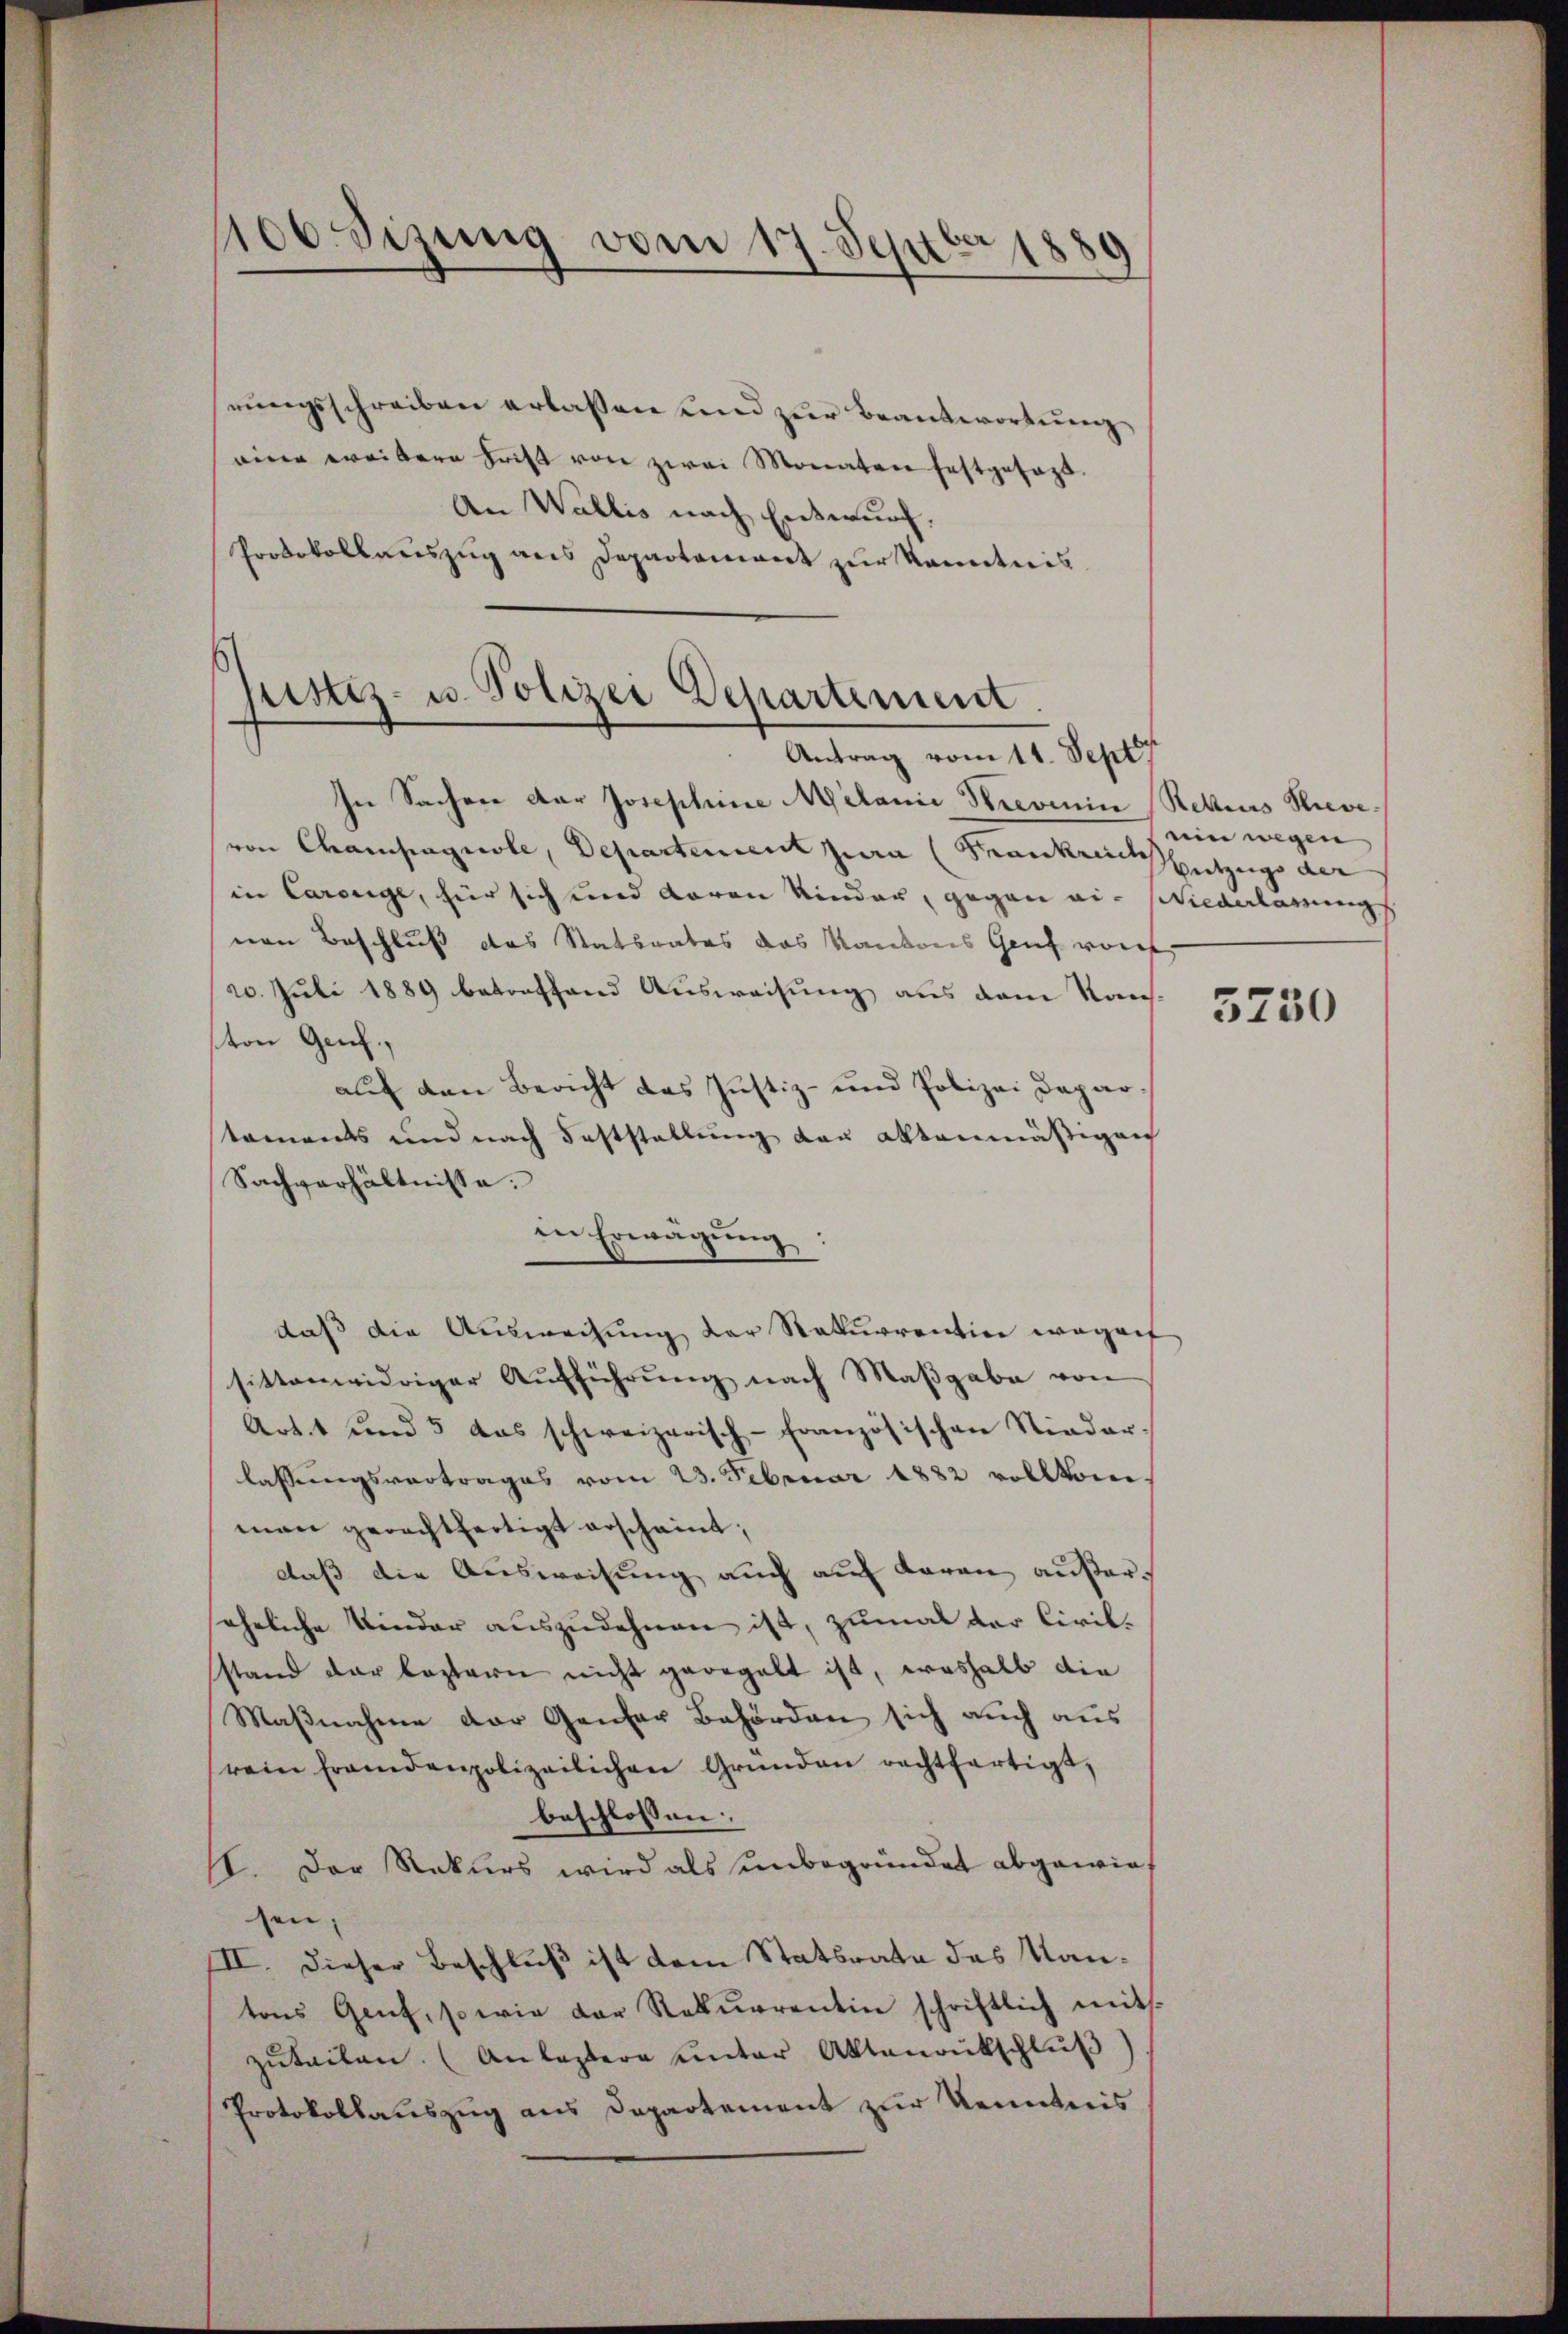
100 sizung vom 17. Septbr 1889

rungsschreiben erlassen und zur Beantwortung
eine weitere Frist von zwei Monaten festgesagt.
An Wallis nach Entwurf.
Protokollauszug aus Departement zur Kenntnis

justiz- u. Polizei Departement.
Antrag vom 11. Sept

In Sachen der Josephine Melanie Strevenin Rekurs Sieve
von Champagnole, Departement jura (Frankreis Entzug der
in Carouge, für sich und daran kinder, gegen ein schiederlärungs
nen Beschluß das Statsrates das Kantons Genf vorf
20. Juli 1889 betreffend Ausweisung aus dem Kauston Genf.
auf den Bericht das Justiz- und Polizei Dapartaments und nach Feststellung der altenmäßigen
Sachverhältnisse.
in Erwägung:
daß die Auswachung der Rekurrention wegenf
sittenwidriger Aufführung nach Maßgabe von
Artt und 5 das schweizerisch-Französischen Nieder-
lassungsvertrages vom 23. Februar 1882 vollkom
man gerechtfertigt erscheint;
daß die Ausweisung auch auf daran außereheliche Kinder auszudehnen ist, zumal der Civil-
stand der leztern nicht geregelt ist, weshalb die
Maßnahme der Ganter Behörden sich auch aus
rein fremdenpolizeilichen Gründen rechtfertigt,
beschlossen:
II. Der Rekurs wird als unbegründet abgewies
ten,
III. Dieser Beschluß ist dem Statsrate das Kantons Genf, sowie der Rekurrentin schriftlich mit
zuteilen. (Anlassere unter Aktenantschluß
Protokollauszug aus Departement zur Kenntnis

ein wegen,

3230